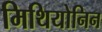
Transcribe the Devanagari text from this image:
मिथियोनिन